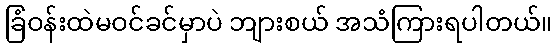
ခြံဝန်းထဲမဝင်ခင်မှာပဲ ဘျားစယ် အသံကြားရပါတယ်။